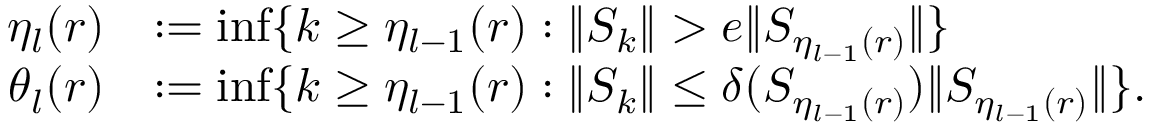
\begin{array} { r l } { \eta _ { l } ( r ) } & { : = \operatorname* { i n f } \{ k \geq \eta _ { l - 1 } ( r ) : \| S _ { k } \| > e \| S _ { \eta _ { l - 1 } ( r ) } \| \} } \\ { \theta _ { l } ( r ) } & { : = \operatorname* { i n f } \{ k \geq \eta _ { l - 1 } ( r ) : \| S _ { k } \| \leq \delta ( S _ { \eta _ { l - 1 } ( r ) } ) \| S _ { \eta _ { l - 1 } ( r ) } \| \} . } \end{array}